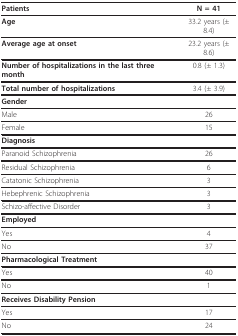
| Patients | N = 41 |
 | --- | --- |
 | Age | 33.2 years (± 8.4) |
 | Average age at onset | 23.2 years (± 8.6) |
 | Number of hospitalizations in the last three month | 0.8 (± 1.3) |
 | Total number of hospitalizations | 3.4 (± 3.9) |
 | Gender |  |
 | Male | 26 |
 | Female | 15 |
 | Diagnosis |  |
 | Paranoid Schizophrenia | 26 |
 | Residual Schizophrenia | 6 |
 | Catatonic Schizophrenia | 3 |
 | Hebephrenic Schizophrenia | 3 |
 | Schizo-affective Disorder | 3 |
 | Employed |  |
 | Yes | 4 |
 | No | 37 |
 | Pharmacological Treatment |  |
 | Yes | 40 |
 | No | 1 |
 | Receives Disability Pension |  |
 | Yes | 17 |
 | No | 24 |